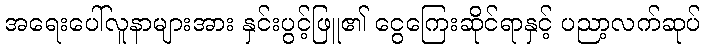
အရေးပေါ်လူနာများအား နှင်းပွင့်ဖြူ၏ ငွေကြေးဆိုင်ရာနှင့် ပညာ့လက်ဆုပ်